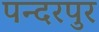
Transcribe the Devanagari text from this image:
पन्दरपुर